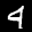
Label: 4